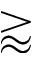
\gtrapprox